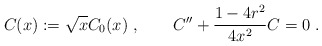
\begin{align*}C(x):=\sqrt{x} C_0(x)~,\qquad C'' + \frac{1-4 r^2}{4 x^2} C =0~.\end{align*}